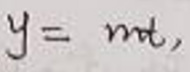
\[y = mx,\]